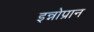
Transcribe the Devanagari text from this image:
इन्नोप्रान